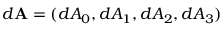
d \mathbf { A } = ( d A _ { 0 } , d A _ { 1 } , d A _ { 2 } , d A _ { 3 } )